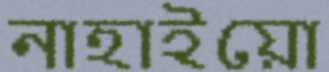
নাহাইয়ো